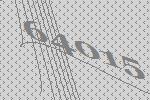
64015